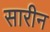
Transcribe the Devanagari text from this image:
सारीन